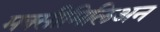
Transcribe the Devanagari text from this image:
मक्सीमिलिअन